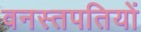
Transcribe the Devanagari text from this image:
वनस्तपतियों